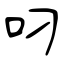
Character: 叼